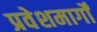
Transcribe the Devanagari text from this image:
प्रवेशमार्गों